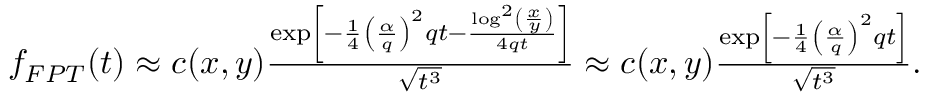
\begin{array} { r } { f _ { F P T } ( t ) \approx c ( x , y ) \frac { \exp \left[ - \frac { 1 } { 4 } \left( \frac { \alpha } { q } \right) ^ { 2 } q t - \frac { \log ^ { 2 } \left( \frac { x } { y } \right) } { 4 q t } \right] } { \sqrt { t ^ { 3 } } } \approx c ( x , y ) \frac { \exp \left[ - \frac { 1 } { 4 } \left( \frac { \alpha } { q } \right) ^ { 2 } q t \right] } { \sqrt { t ^ { 3 } } } . } \end{array}